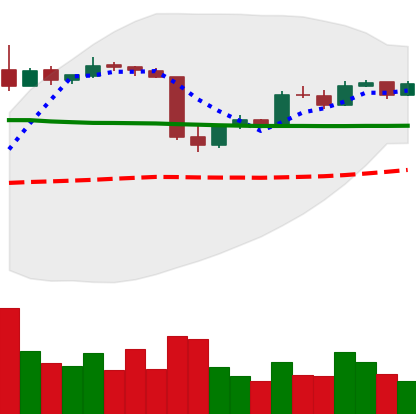
Ticker: LTC-USD
Chart end date: 2015-06-11
Forward return: 60.51%
Label: up_7plus